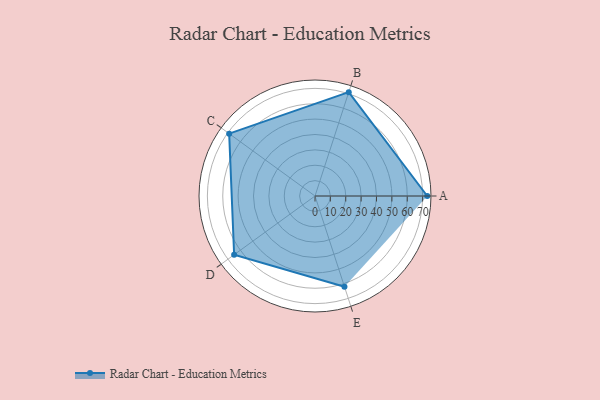
{"axis": {"x": "Skill", "y": "Score"}, "legend": ["Profile"], "data": [{"x": "A", "y": 73.0, "type": "Profile"}, {"x": "B", "y": 71.0, "type": "Profile"}, {"x": "C", "y": 69.0, "type": "Profile"}, {"x": "D", "y": 65.0, "type": "Profile"}, {"x": "E", "y": 62.0, "type": "Profile"}]}